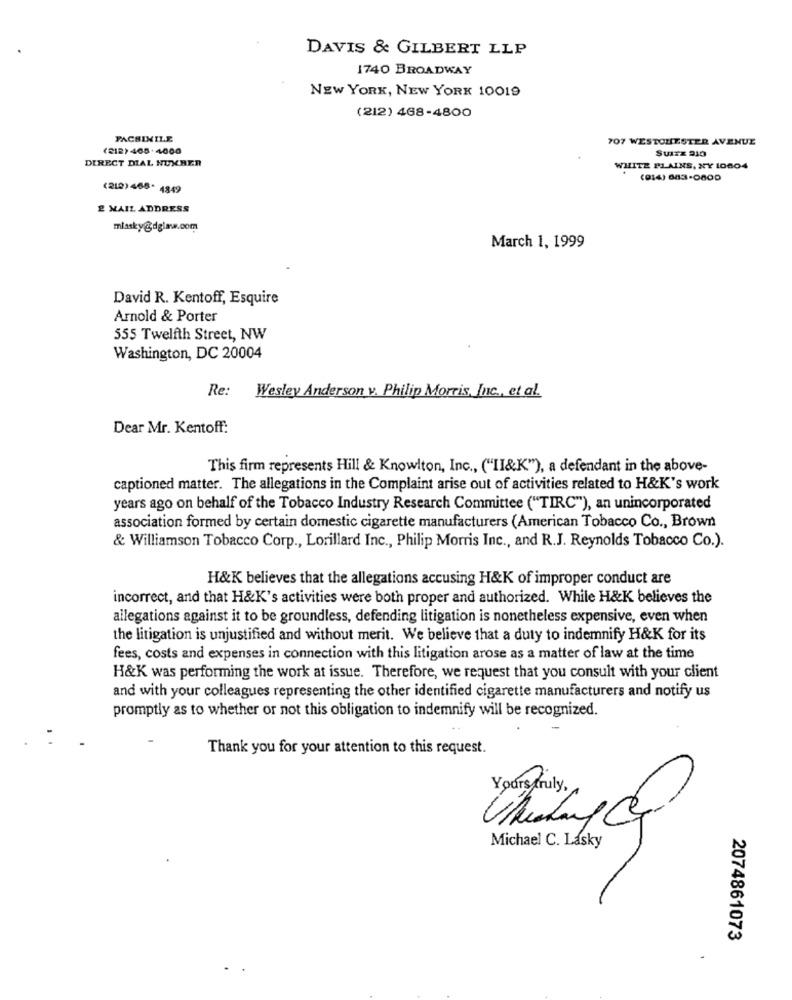
DAVIS & GILBERT LLP
1740 BROADWAY
NEW YORK, NEW YORK 10019
(212) 468-4800
FACSIMILE
707 WESTCHESTER AVENUE
(212) 468.4000
SUIzx 210
DIRECT DIAL NUMBER
WHITE PLAINS, NY 10804
(014) 683-0800
(212) 466. 4849
2 MAIL ADDRESS
mlasky@dgime.com
March 1, 1999
David R. Kentoff, Esquire
Arnold & Porter
555 Twelfth Street, NW
Washington, DC 20004
Re:
Wesley Anderson v. Philip Morris, Inc ., et al.
Dear Mr. Kentoff:
This firm represents Hill & Knowlton, Inc ., ("II&K"), a defendant in the above-
captioned matter. The allegations in the Complaint arise out of activities related to H&K's work
years ago on behalf of the Tobacco Industry Research Committee ("TIRC"), an unincorporated
association formed by certain domestic cigarette manufacturers (American Tobacco Co ., Brown
& Williamson Tobacco Corp ., Lorillard Inc ., Philip Morris Inc ., and R.J. Reynolds Tobacco Co.).
H&K believes that the allegations accusing H&K of improper conduct are
incorrect, and that H&K's activities were both proper and authorized. While H&K believes the
allegations against it to be groundless, defending litigation is nonetheless expensive, even when
the litigation is unjustified and without merit. We believe that a duty to indemnify H&K for its
fees, costs and expenses in connection with this litigation arose as a matter of law at the time
H&K was performing the work at issue. Therefore, we request that you consult with your client
and with your colleagues representing the other identified cigarette manufacturers and notify us
promptly as to whether or not this obligation to indemnify will be recognized.
Thank you for your attention to this request.
Yours truly ,
Michael C. Lasky
2074861073